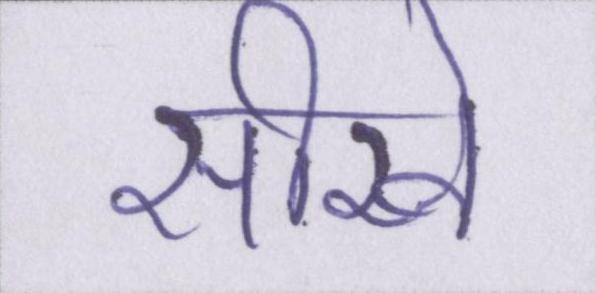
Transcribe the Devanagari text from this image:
सीखे